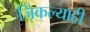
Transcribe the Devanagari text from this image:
जिंकल्याही